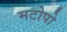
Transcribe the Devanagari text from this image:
मटोपो